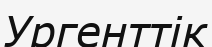
Ургенттік